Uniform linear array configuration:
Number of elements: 64
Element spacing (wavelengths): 0.5
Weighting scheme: kaiser
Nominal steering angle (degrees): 15
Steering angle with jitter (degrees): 14.115
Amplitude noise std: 0.05
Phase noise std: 0.05

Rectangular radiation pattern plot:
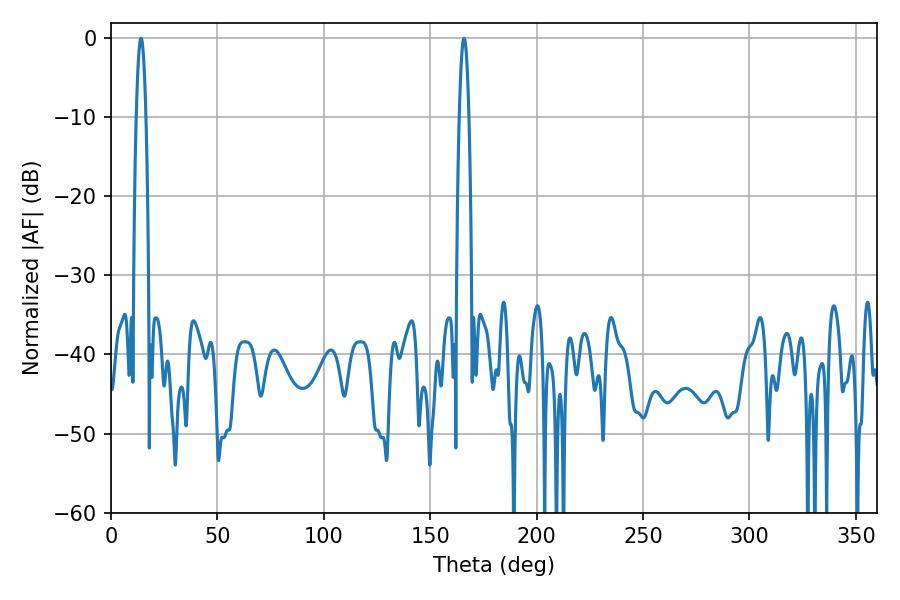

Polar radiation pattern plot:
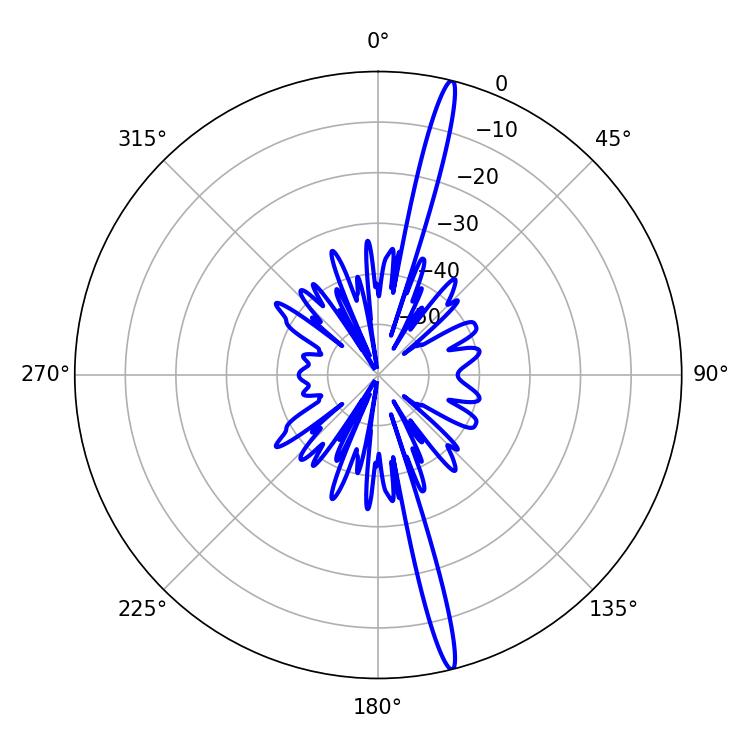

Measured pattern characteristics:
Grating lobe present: FALSE
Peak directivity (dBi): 19.347
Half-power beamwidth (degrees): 2.34
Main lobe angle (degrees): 14.04